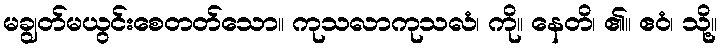
မချွတ်မယွင်းစေတတ်သော။ ကုသလာကုသလံ၊ ကို။ နေတိ၊ ၏။ ဧဝံ၊ သို့။